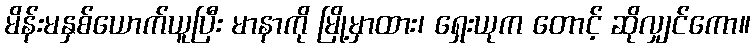
မိန်းမနှစ်ယောက်ယူပြီး မာနာကို မြို့မှာထား၊ ရှေးယုက တောင့် ဆိုလျှင်ကော။